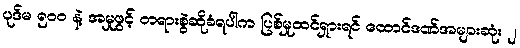
ပုဒ်မ ၅၀၀ နဲ့ အမှုဖွင့် တရားစွဲဆိုခံရပါက ပြစ်မှုထင်ရှားရင် ထောင်ဒဏ်အများဆုံး ၂